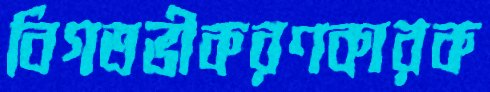
বিগতভীকরণকারক